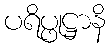
ပရိပ္ဖုဋ္ဌာနိ